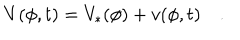
V ( \phi , t ) = V _ { * } ( \phi ) + v ( \phi , t ) \quad .